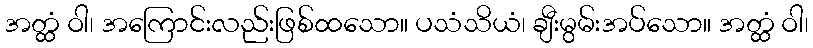
အတ္ထံ ဝါ၊ အကြောင်းလည်းဖြစ်ထသော။ ပသံသိယံ၊ ချီးမွမ်းအပ်သော။ အတ္ထံ ဝါ၊